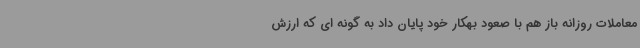
معاملات روزانه باز هم با صعود بهکار خود پایان داد به گونه ای که ارزش